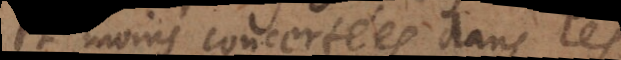
et moins concertées dans les